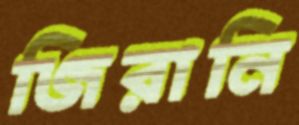
জিরানি